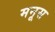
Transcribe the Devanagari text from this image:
मनूस